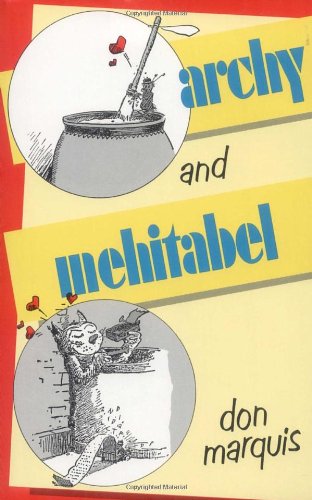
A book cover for Archy and Mehitabel; Don Marquis; Humor & Entertainment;